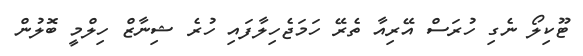
ޓޫކިލޯ ނެގި ހުރަސް އޭރިއާ ތެރޭ ހަމަޖެހިލާފައި ހުރެ ޝިނާޒް ހިލްމީ ބޮލުން